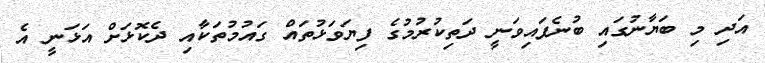
އަދި މި ބަޔާނުގައި ބުނެފައިވަނީ ދަތިކުރުމުގެ ފިޔަވަޅުތައް ގައުމުތަކާއި ދެކޮޅަށް އަޅަނީ އެ